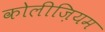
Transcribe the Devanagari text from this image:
कोलीज़ियम